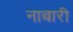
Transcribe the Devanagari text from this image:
नाबारी